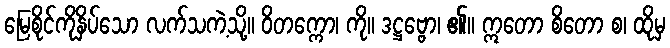
မြေစိုင်ကိုနှိပ်သော လက်သကဲ့သို့။ ဝိတက္ကော၊ ကို။ ဒဋ္ဌဗ္ဗော၊ ၏။ ဣတော စိတော စ၊ ထိုမှ